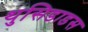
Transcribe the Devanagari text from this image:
थुसिडाडस